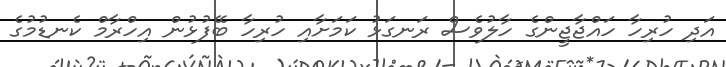
އަދި ހުރިހާ ހައްޖާޖީންގެ ހާލުވެސް ރަނގަޅު ކަމަށާއި ހުރިހާ ބޭފުޅުން އިހްރާމް ކެނޑުމުގެ